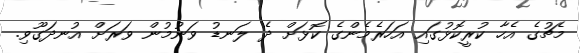
މެޗުގެ އެހާ ކުރީކޮޅުގައި އަހަރެމެންގެ ކޮޅަށް ދެ ލަނޑު ވަނުމުން ވަރަށް އުނދަގޫވި.